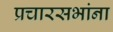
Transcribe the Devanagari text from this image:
प्रचारसभांना